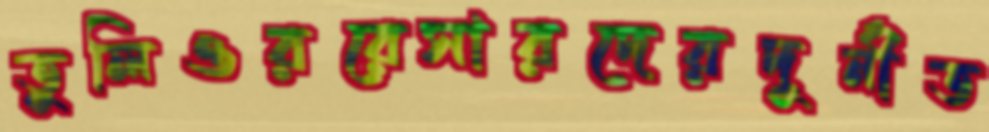
তুলিওররেসারদেরদুর্নীত